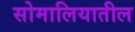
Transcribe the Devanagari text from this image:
सोमालियातील